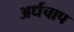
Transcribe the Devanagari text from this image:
अर्धचाप